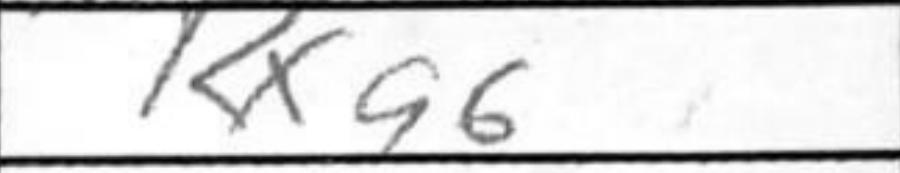
Transcription: Rxa6